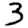
Digit: 3